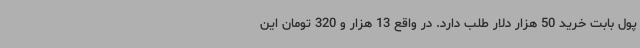
پول بابت خرید 50 هزار دلار طلب دارد. در واقع 13 هزار و 320 تومان این